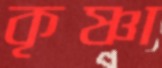
কৃষ্ণা